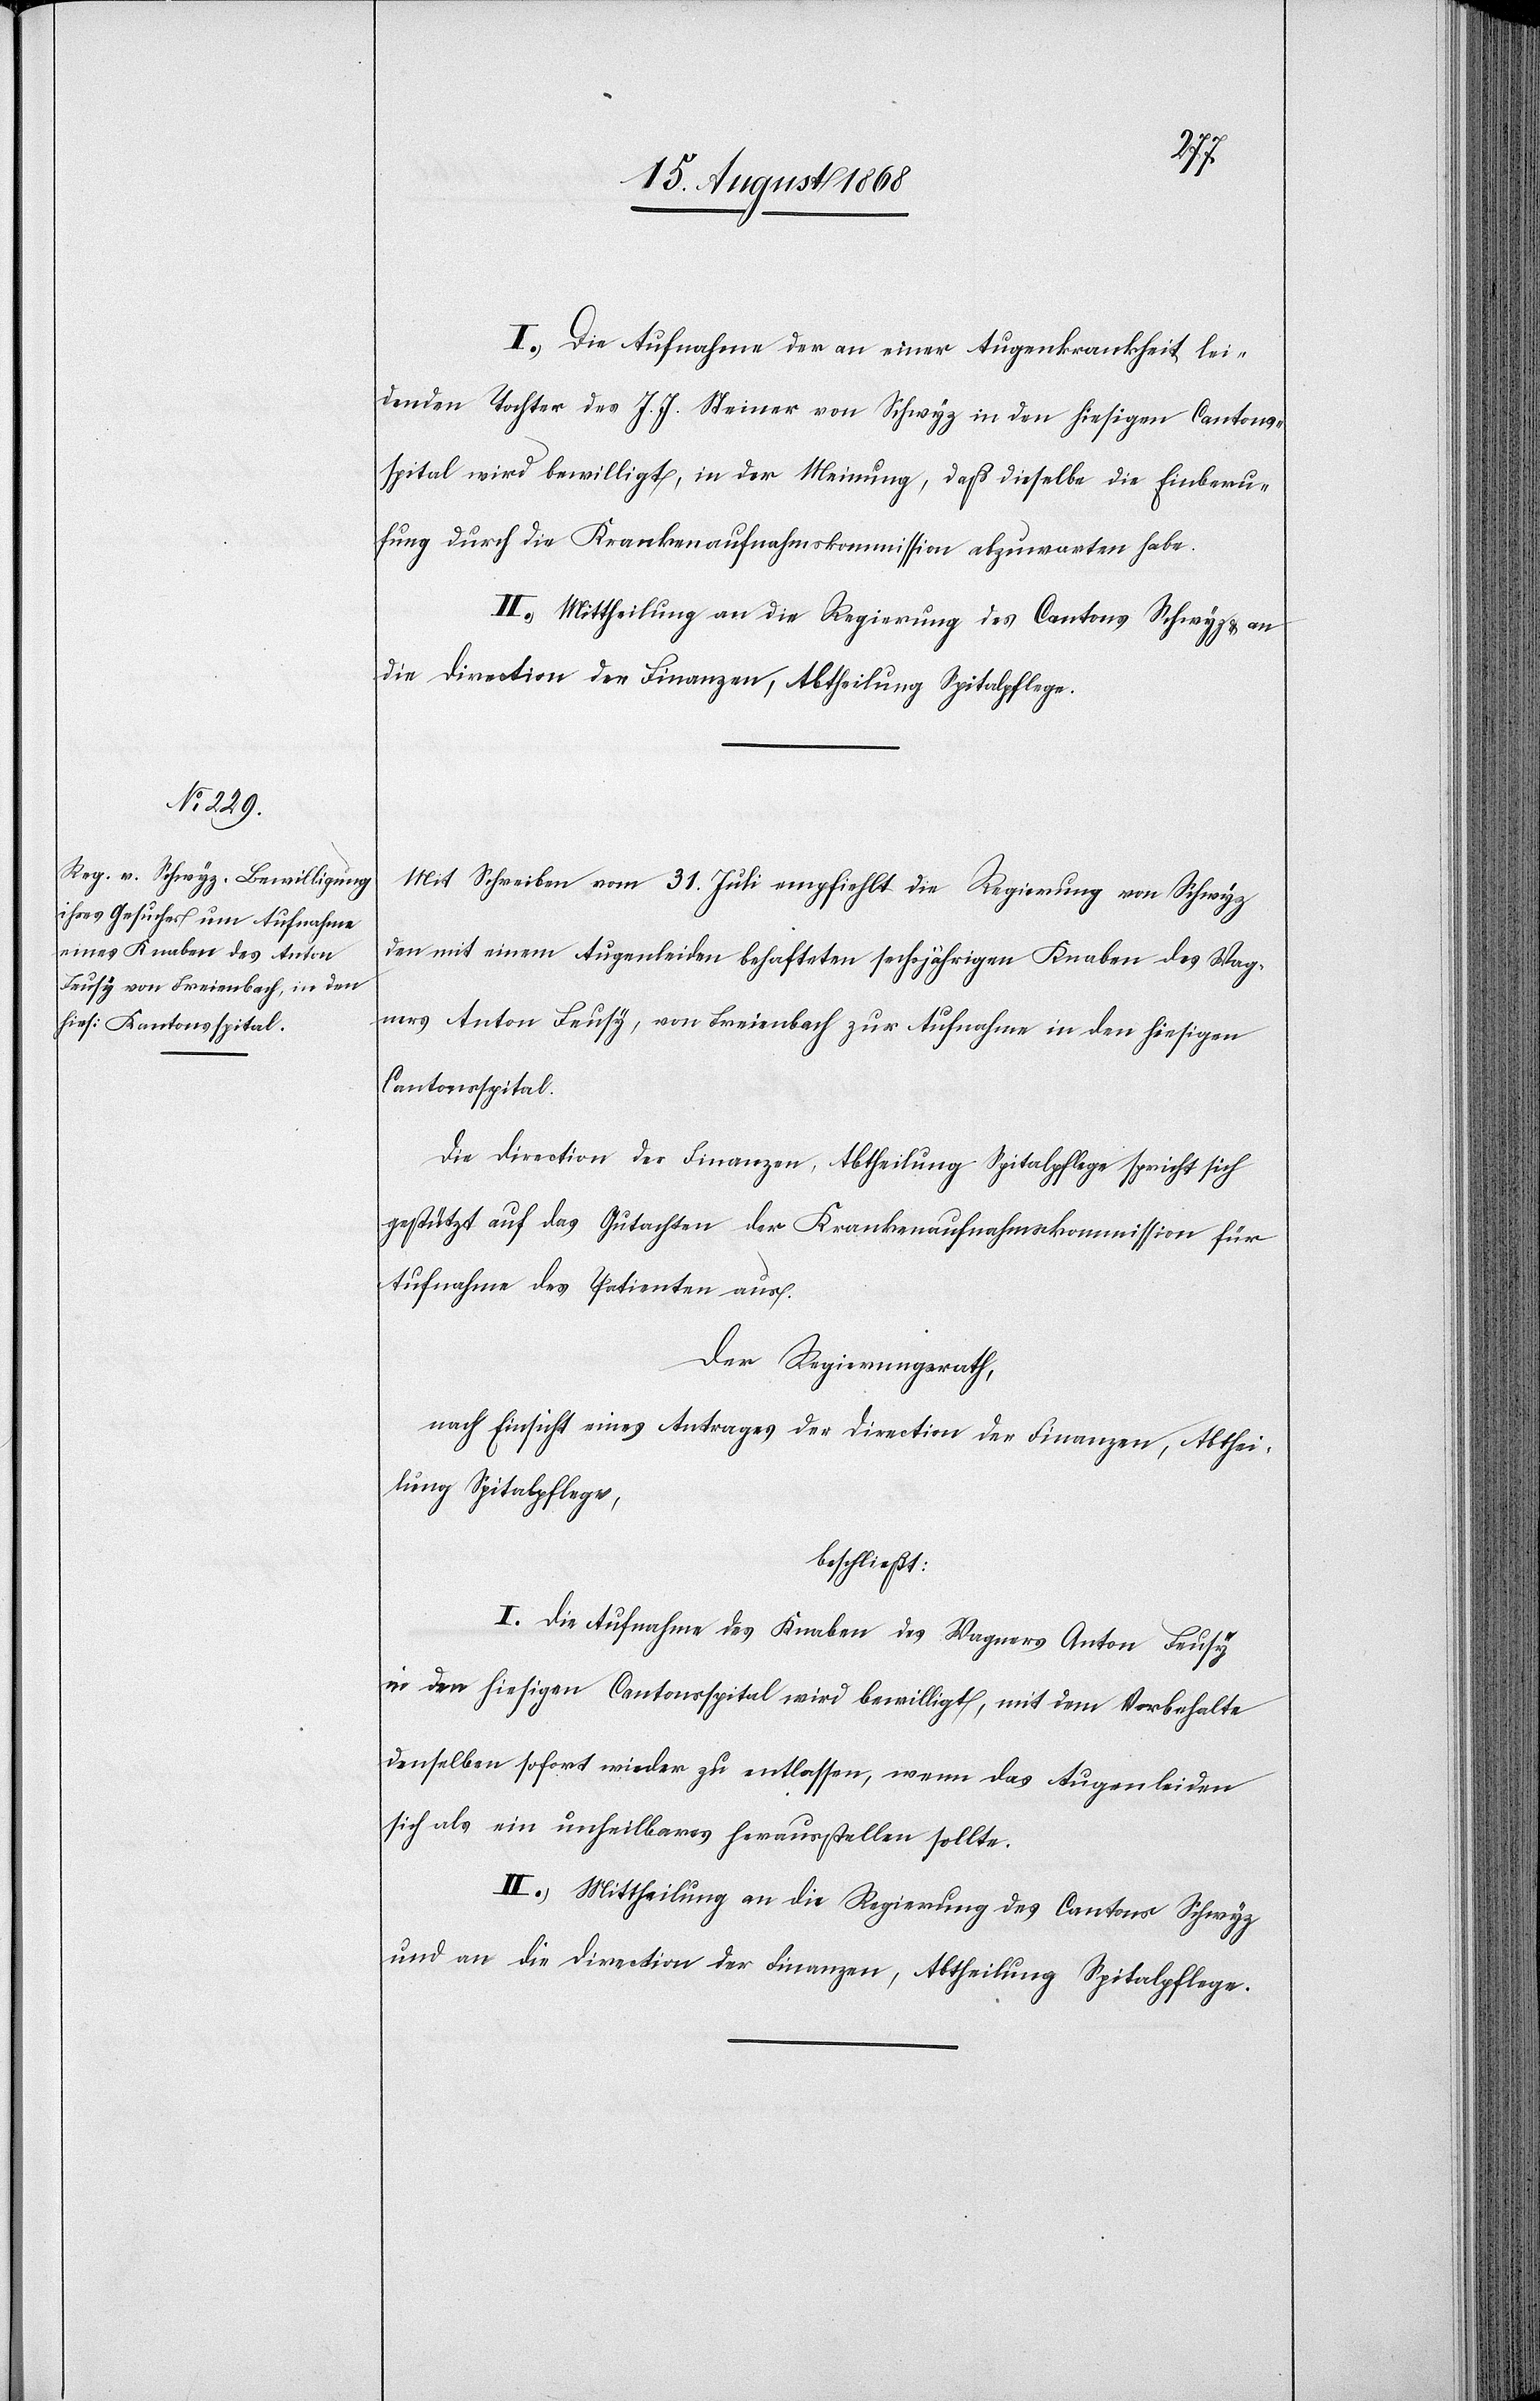
I.) Die Aufnahme der an einer Augenkrankheit lei¬
denden Tochter des J. J. Steiner von Schwyz in den hiesigen Cantonss¬
pital wird bewilligt, in der Meinung, daß dieselbe die Einberu¬
fung durch die Krankenaufnahmskommission abzuwarten habe.
II.) Mittheilung an die Regierung des Cantons Schwyz & an
die Direction der Finanzen, Abtheilung Spitalpflege.
Mit Schreiben vom 31. Juli empfiehlt die Regierung von Schwyz
den mit einem Augenleiden behafteten sechsjährigen Knaben des Wag¬
ners Anton Feusy, von Freienbach zur Aufnahme in den hiesigen
Cantonsspital.
Die Direction der Finanzen, Abtheilung Spitalpflege spricht sich
gestützt auf das Gutachten der Krankenaufnahmskommission für
Aufnahme des Patienten aus.
Der Regierungsrath,
nach Einsicht eines Antrages der Direction der Finanzen, Abthei¬
lung Spitalpflege,
beschließt:
I. Die Aufnahme des Knaben des Wagners Anton Feusy
in den hiesigen Cantonsspital wird bewilligt, mit dem Vorbehalte
denselben sofort wieder zu entlassen, wenn das Augenleiden
sich als ein unheilbares herausstellen sollte.
II. Mittheilung an die Regierung des Cantons Schwyz
und an die Direction der Finanzen, Abtheilung Spitalpflege.